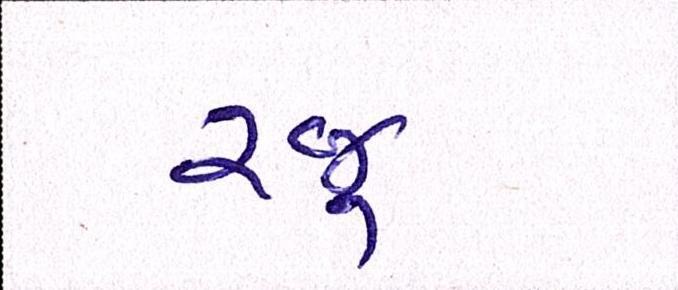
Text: રજૂ